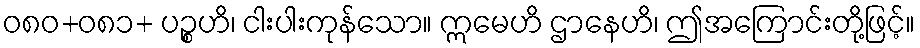
ဝ၈၀+၀၈၁+ ပဉ္စဟိ၊ ငါးပါးကုန်သော။ ဣမေဟိ ဌာနေဟိ၊ ဤအကြောင်းတို့ဖြင့်။